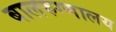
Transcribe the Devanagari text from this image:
बालरुग्णालय